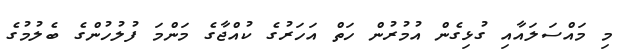
މި މައްސަލައާއި ގުޅިގެން އުމުރުން ހަތް އަހަރުގެ ކުއްޖާގެ މަންމަ ފުލުހުންގެ ބެލުމުގެ